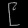
Digit: ၉